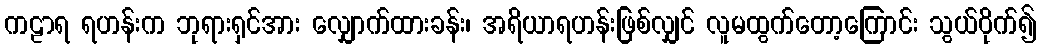
ကဠာရ ရဟန်းက ဘုရားရှင်အား လျှောက်ထားခန်း၊ အရိယာရဟန်းဖြစ်လျှင် လူမထွက်တော့ကြောင်း သွယ်ဝိုက်၍